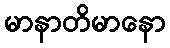
မာနာတိမာနော